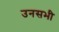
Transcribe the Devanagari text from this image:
उनसभी